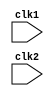
`timescale 1ns / 1ps
//////////////////////////////////////////////////////////////////////////////////
// Company: 
// Engineer: 
// 
// Design Name: 
// Module Name: processor
// Project Name: 
// Target Devices: 
// Tool Versions: 
// Description: 
// 
// Dependencies: 
// 
// Revision:
// Revision 0.01 - File Created
// Additional Comments:
// 
//////////////////////////////////////////////////////////////////////////////////


module MIPS32 (clk1,clk2);
  input clk1,clk2;
  
  reg [31:0] PC,IF_ID,IF_ID_NPC,IF_ID_IR;
  reg [31:0] ID_EX_IR,ID_EX_NPC,ID_EX_A,ID_EX_B,ID_EX_Imm;
  reg [2:0] ID_EX_type,EX_MEM_type,MEM_WB_type;
  reg [31:0] EX_MEM_IR,EX_MEM_B,EX_MEM_cond,EX_MEM_ALUOut;
  reg [31:0] MEM_WB_IR,MEM_WB_ALUOut,MEM_WB_LMD;
  reg [31:0] Reg [0:31];
  reg [31:0] Mem [0:1023];
  
  parameter ADD=6'b000000,SUB=6'b000001,AND=6'b000010,OR=6'b000011,SLT=6'b000100,MUL=6'b000101,HLT=6'b111111,LW=6'b001000,SW=6'b001001,ADDI=6'b001010,SUBI=6'b001011,SLTI=6'b001100,BNEQZ=6'b001101,BEQZ=6'b001110;
  parameter RR_ALU=3'b000,RM_ALU=3'b001,LOAD=3'b010,STORE=3'b011,BRANCH=3'b100,HALT=3'b101;
  
  reg HALTED;
  reg TAKEN_BRANCH;
  
  //IF STAGE
  always @(posedge clk1)
    if(HALTED==0)
      begin
        if(((EX_MEM_IR[31:26]==BEQZ)&&(EX_MEM_cond==1)) || ((EX_MEM_IR[31:26]==BNEQZ)&&(EX_MEM_cond==0)))
          begin
            IF_ID_IR <= #2 Mem[EX_MEM_ALUOut];
            TAKEN_BRANCH <= #2 1'b1;
            IF_ID_NPC <= #2 EX_MEM_ALUOut+1;
            PC <= #2 EX_MEM_ALUOut+1;
          end
        else 
          begin
            IF_ID_IR <= #2 Mem[PC];
            IF_ID_NPC <= #2 PC+1;
            PC <= #2 PC+1;
          end
      end
  
  //ID STAGE
  always @(posedge clk2)
    if(HALTED==0)
      begin
        if(IF_ID_IR[25:21]==5'b00000) ID_EX_A <=0;
        else ID_EX_A <= #2 Reg[IF_ID_IR[25:21]];
        if(IF_ID_IR[20:16]==5'b00000) ID_EX_B <=0;
        else ID_EX_B <= #2 Reg[IF_ID_IR[20:16]];
        
        ID_EX_NPC <= #2 IF_ID_NPC;
        ID_EX_IR <= #2 IF_ID_IR;
        ID_EX_Imm <= #2 {{16{IF_ID_IR[15]}},{IF_ID_IR[15:0]}};
        
        case(IF_ID_IR[31:26])
          ADD,SUB,AND,OR,SLT,MUL : ID_EX_type <= #2 RR_ALU;
          ADDI,SUBI,SLTI : ID_EX_type <= #2 RM_ALU;
          LW : ID_EX_type <= #2 LOAD;
          SW : ID_EX_type <= #2 STORE;
          BNEQZ,BEQZ : ID_EX_type <= #2 BRANCH;
          HLT : ID_EX_type <= #2 HLT;
          default : ID_EX_type <= #2 HLT;
        endcase
      end
  
  //EX STAGE
  always @(posedge clk1)
    if(HALTED==0)
      begin
        EX_MEM_type <= #2 ID_EX_type;
        EX_MEM_IR <= #2 ID_EX_IR;
        TAKEN_BRANCH <= #2 0;
        
        case(ID_EX_type)
          RR_ALU : begin
            case(ID_EX_IR[31:26])
              ADD : EX_MEM_ALUOut <= #2 ID_EX_A + ID_EX_B;
              SUB : EX_MEM_ALUOut <= #2 ID_EX_A - ID_EX_B;
              AND : EX_MEM_ALUOut <= #2 ID_EX_A & ID_EX_B;
              OR  : EX_MEM_ALUOut <= #2 ID_EX_A | ID_EX_B;
              SLT : EX_MEM_ALUOut <= #2 ID_EX_A < ID_EX_B;
              MUL : EX_MEM_ALUOut <= #2 ID_EX_A * ID_EX_B;
              default : EX_MEM_ALUOut <= #2 32'hxxxxxxxx;
            endcase
          end
          
          RM_ALU : begin
            case(ID_EX_IR[31:26])
              ADDI : EX_MEM_ALUOut <= #2 ID_EX_A + ID_EX_Imm;
              SUBI : EX_MEM_ALUOut <= #2 ID_EX_A - ID_EX_Imm;
              SLTI : EX_MEM_ALUOut <= #2 ID_EX_A < ID_EX_Imm;
              default : EX_MEM_ALUOut <= #2 32'hxxxxxxxx;
            endcase
          end
          
          LOAD,STORE : begin
            EX_MEM_ALUOut <= #2 ID_EX_A + ID_EX_Imm;
            EX_MEM_B <= #2 ID_EX_B;
          end
          
          BRANCH : begin
            EX_MEM_ALUOut <= #2 ID_EX_NPC + ID_EX_Imm;
            EX_MEM_cond <= #2 (ID_EX_A == 0);
          end
        endcase
      end
  
  //MEM STAGE
  always @(posedge clk2)
    if(HALTED == 0)
      begin
        MEM_WB_type <= #2 EX_MEM_type;
        MEM_WB_IR <= #2 EX_MEM_IR;
        
        case(EX_MEM_type)
          RR_ALU,RM_ALU : MEM_WB_ALUOut <= #2 EX_MEM_ALUOut;
          LOAD : MEM_WB_LMD <= #2 Mem[EX_MEM_ALUOut];
          STORE : if(TAKEN_BRANCH==0)
            Mem[EX_MEM_ALUOut] <= #2 EX_MEM_B;
        endcase
      end
  
  //WB STAGE
  always @(posedge clk1)
    begin
      if(TAKEN_BRANCH==0)
        case(MEM_WB_type)
          RR_ALU : Reg[MEM_WB_IR[15:11]] <= #2 MEM_WB_ALUOut;
          RM_ALU : Reg[MEM_WB_IR[20:16]] <= #2 MEM_WB_ALUOut;
          LOAD : Reg[MEM_WB_IR[20:16]] <= #2 MEM_WB_LMD;
          HALT : HALTED <= #2 1'b1;
        endcase
    end
endmodule